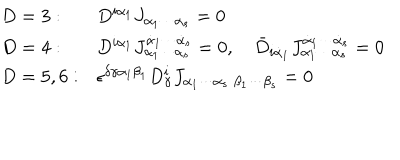
LaTeX: \begin{array} { l l } { { D = 3 : } } & { { D ^ { i \alpha _ { 1 } } J _ { \alpha _ { 1 } \cdots \alpha _ { s } } = 0 } } \\ { { D = 4 : } } & { { D ^ { i \alpha _ { 1 } } J _ { \alpha _ { 1 } \cdots \alpha _ { s } } ^ { \dot { \alpha } _ { 1 } \cdots \dot { \alpha } _ { s } } = 0 , \quad \bar { D } _ { i \dot { \alpha } _ { 1 } } J _ { \alpha _ { 1 } \cdots \alpha _ { s } } ^ { \dot { \alpha } _ { 1 } \cdots \dot { \alpha } _ { s } } = 0 } } \\ { { D = 5 , 6 : } } & { { \epsilon ^ { \delta \gamma \alpha _ { 1 } \beta _ { 1 } } D _ { \gamma } ^ { i } J _ { \alpha _ { 1 } \cdots \alpha _ { s } \; \beta _ { 1 } \cdots \beta _ { s } } = 0 } } \\ \end{array}